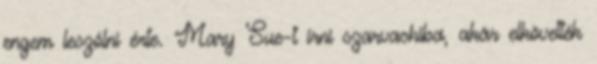
engem leszólni érte. Mary Sue-t írni szarvashiba, akár elkövették